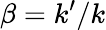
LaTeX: \beta=k^{\prime}/k